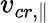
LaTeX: v_{cr,\| }